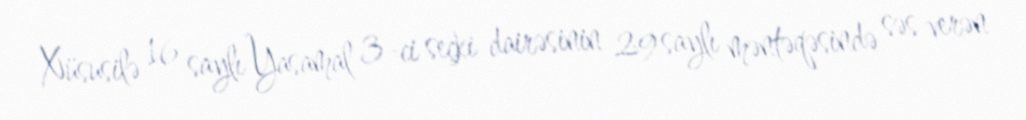
Xüsusilə 16 saylı Yasamal 3-ci seçki dairəsinin 29 saylı məntəqəsində səs verən